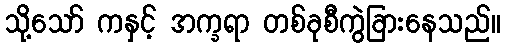
သို့သော် ကနှင့် အက္ခရာ တစ်ခုစီကွဲခြားနေသည်။